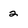
Character: 2